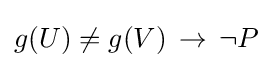
g(U)\neq g(V)\,\to \,\neg P